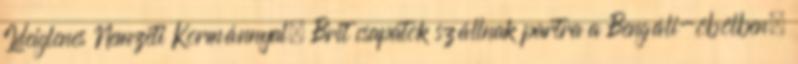
Ideiglenes Nemzeti Kormánnyal. Brit csapatok szállnak partra a Bengáli-öbölben.